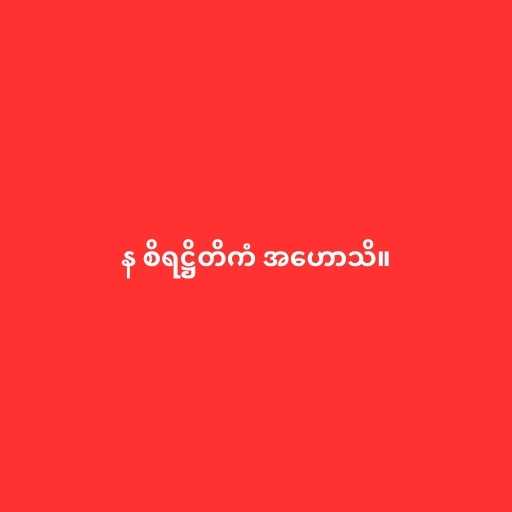
န စိရဋ္ဌိတိကံ အဟောသိ။